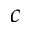
c